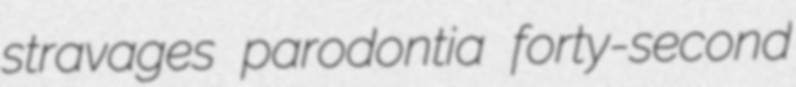
stravages parodontia forty-second